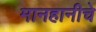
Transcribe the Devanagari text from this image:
मानहानीचे